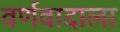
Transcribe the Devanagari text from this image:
वर्णवादाला